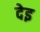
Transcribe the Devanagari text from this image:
देइ